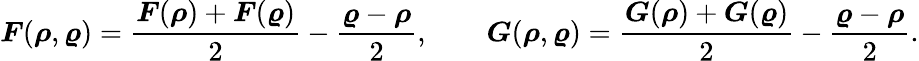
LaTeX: \boldsymbol{F}(\boldsymbol{\rho},\boldsymbol{\varrho})=\frac{\boldsymbol{F}(\boldsymbol{\rho})+\boldsymbol{F}(\boldsymbol{\varrho})}{2}-\frac{\boldsymbol{\varrho}-\boldsymbol{\rho}}{2},\qquad\boldsymbol{G}(\boldsymbol{\rho},\boldsymbol{\varrho})=\frac{\boldsymbol{G}(\boldsymbol{\rho})+\boldsymbol{G}(\boldsymbol{\varrho})}{2}-\frac{\boldsymbol{\varrho}-\boldsymbol{\rho}}{2}.